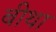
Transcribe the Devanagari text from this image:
बीथा